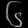
Digit: ၆